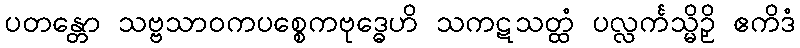
ပတန္တော သဗ္ဗသာဝကပစ္စေကဗုဒ္ဓေဟိ သကဋသတ္ထံ ပလ္လင်္ကသ္မိဉှိ ဧကိဒံ